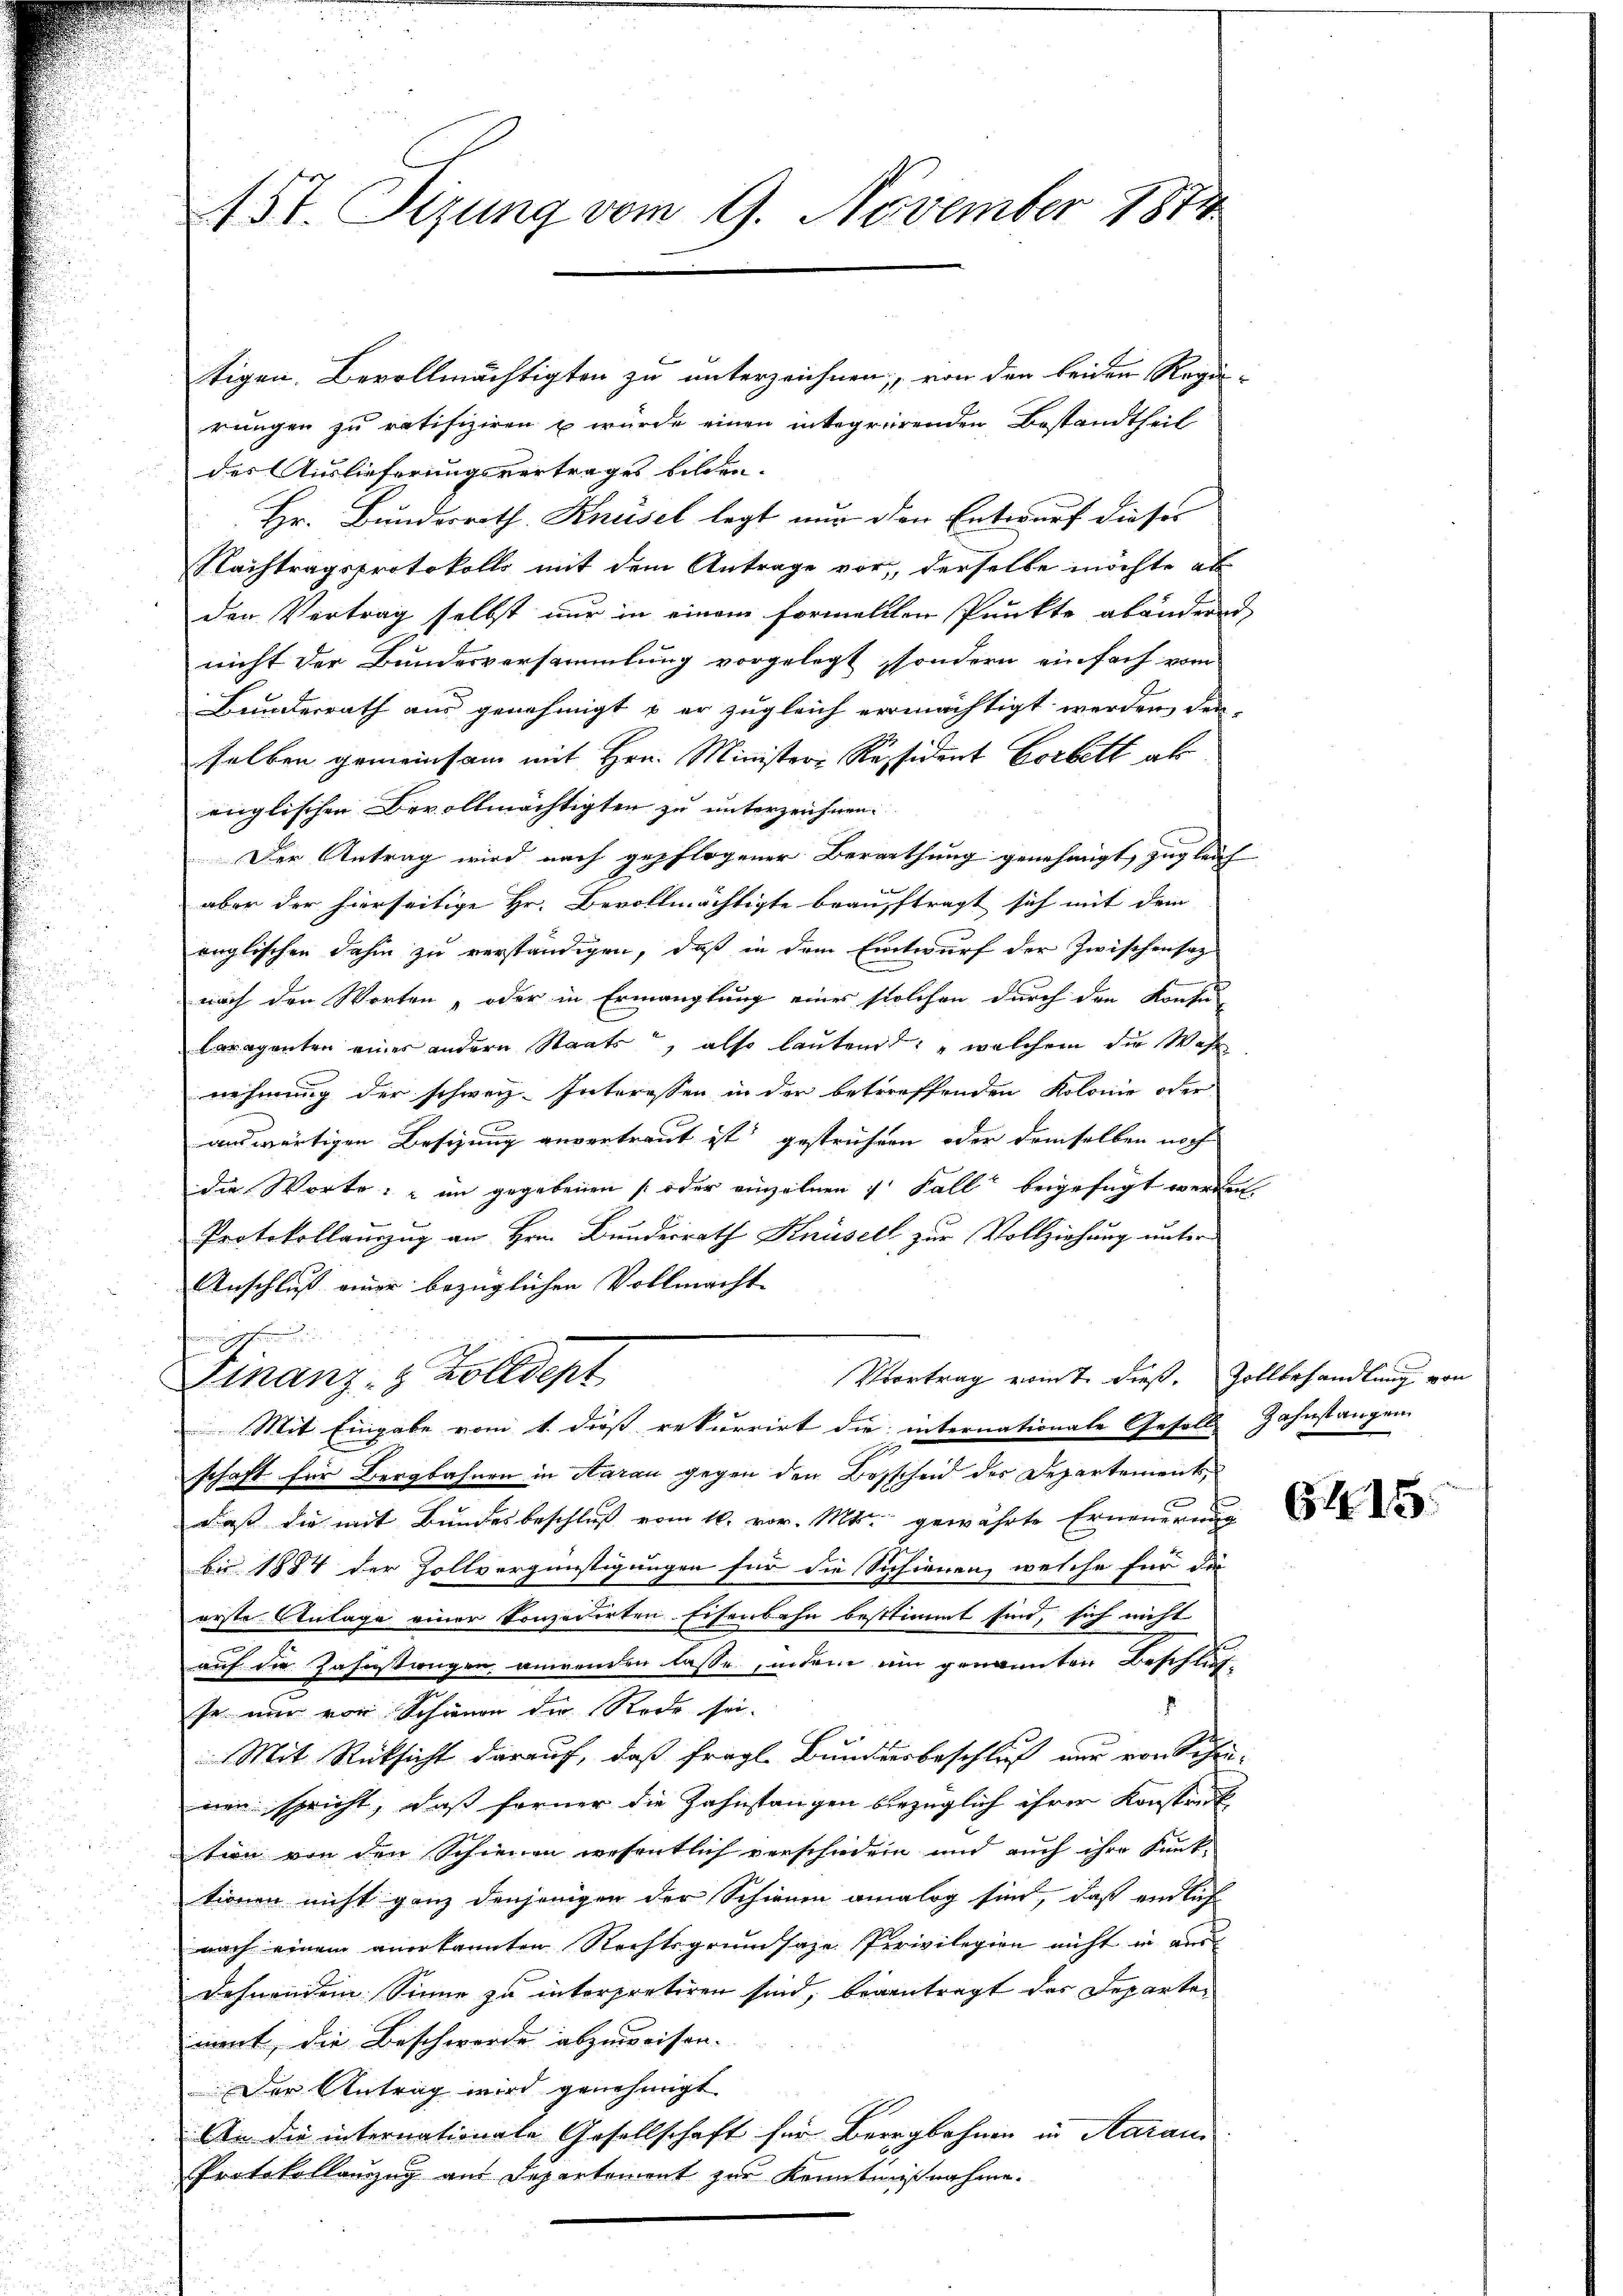
1St. Sizung vom 9. November 1874

tigen. Bevollmächtigten zu unterzeichnen; von den beiden Regie-
rungen zu ratifiziren u würde einen integrirenden Bestandtheil
des Auslieferungsvertrages bilden.
Hr. Bundesrath Knüsel legt nur den Entwurf dieses
Nachtragsprotokolls mit dem Antrage vor, derselbe möchte al
den Vertrag selbst nur in einem formellen Punkte abändern
nicht der Bundesversammlung vorgelegt, sondern einfach vom
Bunderrath aus genehmigt & er zugleich vermächtigt werden den
selben gemeinsam mit Hrn. Minister-Resident Corbett als
englischen Bevollmächtigten zu unterzeichnen.
Der Antrag wird nach gepflogener Berathung genehmigt, zugleich
aber der hierseitige Hr. Bevollmächtigte beauftragt sich mit dem
änglischen dahin zu verständigen, daß in dem Entwurf der Zwischensaz
nach den Worten, oder in Ermanglung eines solchen durch den Konfu
raganten einer andern Staats, also lautend: „welchem die Wahl
nehmung der schweiz. Interessen in der betreffenden Kolonie oder
auswärtigen Besizung anvertraut ist gestrüchern oder demselben noch
die Worte: "in gegebenen [oder einzelnen 4 Fall beigefügt werden
Protokollauszug an Hrn. Bundesrath Knüsell zur Vollziehung unter
Anschluß einer bezüglichen Vollmacht
n
Vortrag vom 7. dieß. Zollbehandlung von
Finanz- & Zolldept
Mit Eingabe vom 1. dieß rekurrirt die internationale Gesells Zahnstangen
schaft für Bergbahnen in Aarau gegen den Bosscheid der Departementsdaß die mit Bundesbeschluß vom 16. vor. Mts. gewährte Erneuerung
bis 1884 der Zollvergünstigungen für die Schienen, welche für die
erste Antage einer konzedirten Eisenbahn bestimmt sind, sich nicht
auf die Zahnstwegen anwenden lasse, indem ein genannten Beschlus
se nur von Schinen der Rede sei.
Mit Rücksicht darauf, daß fragl. Bundesbeschluß nur von Schrei-
nen spricht, daß ferner die Zahnstangen bezüglich ihrer Konstreck
tern von den Schienen wesentlich verschieden und auch ihre Kunk-
tionen nicht ganz denjenigen der Schinen analog sind, daß einlich
nach einem anerkannten Rechtsgrundsaze Perivilegien nicht in aus
dehnendem Sinne zu interpretiren sind, beantragt das Departemnent, die Beschwerde abzuweisen.
Der Antrag wird genehmigt
An die internationale Gesellschaft für Bergbahnen in Aarau
Protokollanzzug aus Departement zur Kenntnißnahme.

6415.